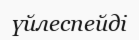
үйлеспейді